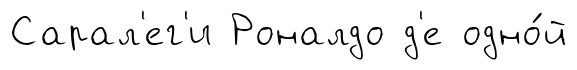
Сарал'ег'и Роналдо д'е одно́й